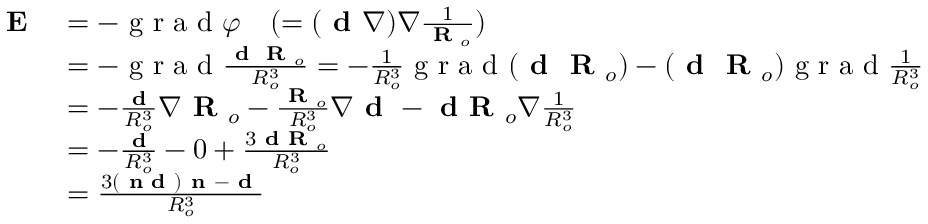
\begin{array} { r l } { \textbf { E } } & { = - \textrm { g r a d } \varphi \quad ( = ( \textbf { d } \nabla ) \nabla \frac { 1 } { \textbf { R } _ { o } } ) } \\ & { = - \textrm { g r a d } \frac { \textbf { d } \textbf { R } _ { o } } { R _ { o } ^ { 3 } } = - \frac { 1 } { R _ { o } ^ { 3 } } \textrm { g r a d } ( \textbf { d } \textbf { R } _ { o } ) - ( \textbf { d } \textbf { R } _ { o } ) \textrm { g r a d } \frac { 1 } { R _ { o } ^ { 3 } } } \\ & { = - \frac { \textbf { d } } { R _ { o } ^ { 3 } } \nabla \textbf { R } _ { o } - \frac { \textbf { R } _ { o } } { R _ { o } ^ { 3 } } \nabla \textbf { d } - \textbf { d R } _ { o } \nabla \frac { 1 } { R _ { o } ^ { 3 } } } \\ & { = - \frac { \textbf { d } } { R _ { o } ^ { 3 } } - 0 + \frac { 3 \textbf { d R } _ { o } } { R _ { o } ^ { 3 } } } \\ & { = \frac { 3 ( \textbf { n d } ) \textbf { n } - \textbf { d } } { R _ { o } ^ { 3 } } } \end{array}